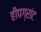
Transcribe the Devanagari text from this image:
हीपग्रांट